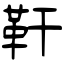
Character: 靬